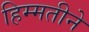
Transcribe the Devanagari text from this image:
हिम्मतीने